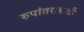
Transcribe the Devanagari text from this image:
रुपांतरासाठी